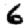
Digit: 6